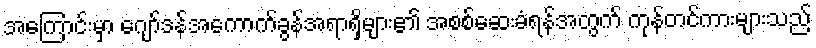
အကြောင်းမှာ ဂျော်ဒန်အကောက်ခွန်အရာရှိများ၏ အစစ်ဆေးခံရန်အတွက် ကုန်တင်ကားများသည်